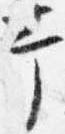
幸